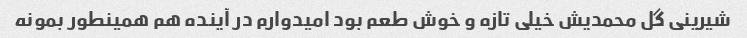
شیرینی گل محمدیش خیلی تازه و خوش طعم بود امیدوارم در آینده هم همینطور بمونه